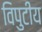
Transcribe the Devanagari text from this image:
विपुटीय